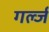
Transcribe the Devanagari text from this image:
गर्ल्‍ज